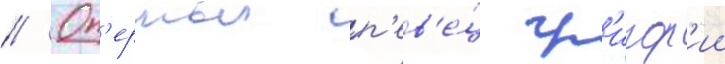
// Оп'ерныи п'ев'е́ц гр'игор'ии